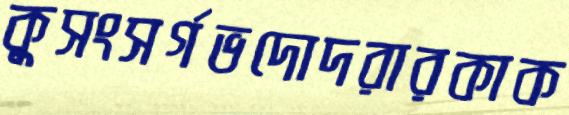
কুসংসর্গভদোদরারকাক